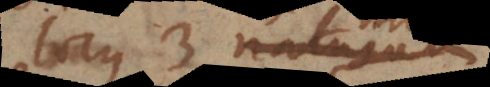
locus 3 naturam